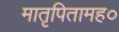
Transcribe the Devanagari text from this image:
मातृपितामह०